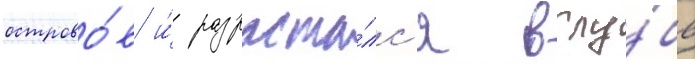
острово́в и́ разраста́лс'я вглу́бь